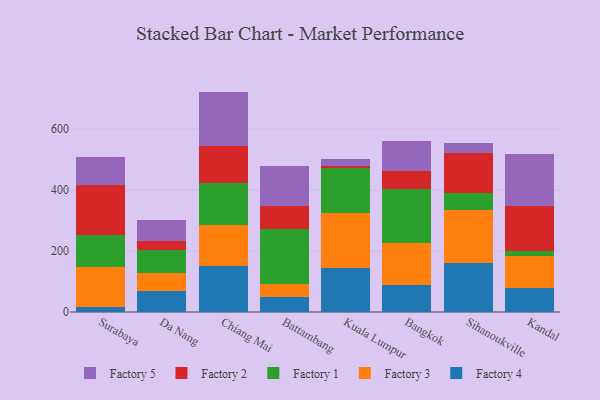
{"axis": {"x": "City", "y": "Budget (USD K)"}, "legend": ["Factory 1", "Factory 2", "Factory 3", "Factory 4", "Factory 5"], "data": [{"x": "Surabaya", "y": 16.2, "type": "Factory 4"}, {"x": "Surabaya", "y": 131.4, "type": "Factory 3"}, {"x": "Surabaya", "y": 104.3, "type": "Factory 1"}, {"x": "Surabaya", "y": 164.1, "type": "Factory 2"}, {"x": "Surabaya", "y": 93.5, "type": "Factory 5"}, {"x": "Da Nang", "y": 68.0, "type": "Factory 4"}, {"x": "Da Nang", "y": 61.1, "type": "Factory 3"}, {"x": "Da Nang", "y": 73.2, "type": "Factory 1"}, {"x": "Da Nang", "y": 31.3, "type": "Factory 2"}, {"x": "Da Nang", "y": 68.7, "type": "Factory 5"}, {"x": "Chiang Mai", "y": 152.2, "type": "Factory 4"}, {"x": "Chiang Mai", "y": 132.0, "type": "Factory 3"}, {"x": "Chiang Mai", "y": 140.3, "type": "Factory 1"}, {"x": "Chiang Mai", "y": 119.0, "type": "Factory 2"}, {"x": "Chiang Mai", "y": 179.7, "type": "Factory 5"}, {"x": "Battambang", "y": 50.0, "type": "Factory 4"}, {"x": "Battambang", "y": 42.8, "type": "Factory 3"}, {"x": "Battambang", "y": 178.3, "type": "Factory 1"}, {"x": "Battambang", "y": 76.3, "type": "Factory 2"}, {"x": "Battambang", "y": 132.0, "type": "Factory 5"}, {"x": "Kuala Lumpur", "y": 145.5, "type": "Factory 4"}, {"x": "Kuala Lumpur", "y": 177.8, "type": "Factory 3"}, {"x": "Kuala Lumpur", "y": 148.0, "type": "Factory 1"}, {"x": "Kuala Lumpur", "y": 9.0, "type": "Factory 2"}, {"x": "Kuala Lumpur", "y": 21.0, "type": "Factory 5"}, {"x": "Bangkok", "y": 90.1, "type": "Factory 4"}, {"x": "Bangkok", "y": 136.5, "type": "Factory 3"}, {"x": "Bangkok", "y": 177.2, "type": "Factory 1"}, {"x": "Bangkok", "y": 58.5, "type": "Factory 2"}, {"x": "Bangkok", "y": 98.3, "type": "Factory 5"}, {"x": "Sihanoukville", "y": 160.5, "type": "Factory 4"}, {"x": "Sihanoukville", "y": 174.6, "type": "Factory 3"}, {"x": "Sihanoukville", "y": 53.8, "type": "Factory 1"}, {"x": "Sihanoukville", "y": 134.1, "type": "Factory 2"}, {"x": "Sihanoukville", "y": 31.9, "type": "Factory 5"}, {"x": "Kandal", "y": 80.1, "type": "Factory 4"}, {"x": "Kandal", "y": 102.5, "type": "Factory 3"}, {"x": "Kandal", "y": 17.7, "type": "Factory 1"}, {"x": "Kandal", "y": 148.0, "type": "Factory 2"}, {"x": "Kandal", "y": 168.7, "type": "Factory 5"}]}